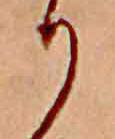
り